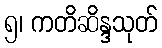
၅၊ ကတိဆိန္ဒသုတ်